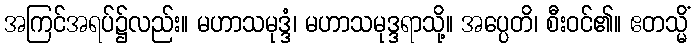
အကြင်အရပ်၌လည်း။ မဟာသမုဒ္ဒံ၊ မဟာသမုဒ္ဒရာသို့။ အပ္ပေတိ၊ စီးဝင်၏။ ဧတသ္မိံ